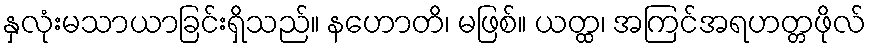
နှလုံးမသာယာခြင်းရှိသည်။ နဟောတိ၊ မဖြစ်။ ယတ္ထ၊ အကြင်အရဟတ္တဖိုလ်